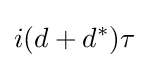
i(d+d^{*})\tau